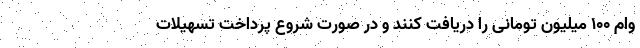
وام ۱۰۰ میلیون تومانی را دریافت کنند و در صورت شروع پرداخت تسهیلات